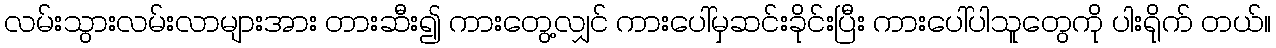
လမ်းသွားလမ်းလာများအား တားဆီး၍ ကားတွေ့လျှင် ကားပေါ်မှဆင်းခိုင်းပြီး ကားပေါ်ပါသူတွေကို ပါးရိုက် တယ်။